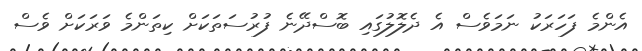
އެންމެ ފަހަރަކު ނަމަވެސް އެ ދެލޮލުގައި ބޮސްދޭނެ ފުރުސަތަކަށް ކިތަންމެ ވަރަކަށް ވެސް